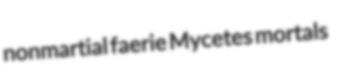
nonmartial faerie Mycetes mortals